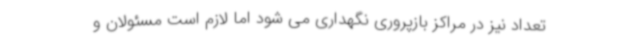
تعداد نیز در مراکز بازپروری نگهداری می شود اما لازم است مسئولان و